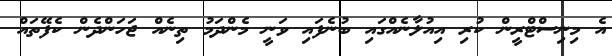
އެ މިނިސްޓްރީން ކުރި އިއުލާނެއްގައި ބުނެފައި ވަނީ މެންދަމު ތިނެއް ޖަހަންދެން ކެފޭތައް